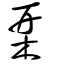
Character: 栞